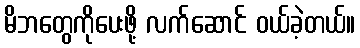
မိဘတွေကိုပေးဖို့ လက်ဆောင် ဝယ်ခဲ့တယ်။